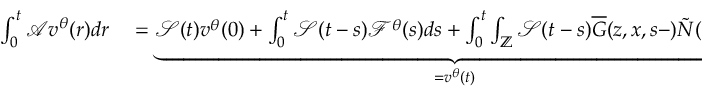
\begin{array} { r l } { \int _ { 0 } ^ { t } \mathcal { A } \displaystyle v ^ { \theta } ( r ) d r } & { { } = \underbrace { \mathcal { S } ( t ) v ^ { \theta } ( 0 ) + \int _ { 0 } ^ { t } \mathcal { S } ( t - s ) \mathcal { F } ^ { \theta } ( s ) d s + \int _ { 0 } ^ { t } \int _ { \mathbb { Z } } \mathcal { S } ( t - s ) \overline { { G } } ( z , x , s - ) \tilde { N } ( d s , d z ) } _ { = v ^ { \theta } ( t ) } } \end{array}